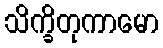
သိက္ခိတုကာမော